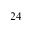
2 4